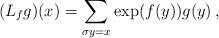
LaTeX: \begin{align*}(L_f g)(x) = \sum_{\sigma y = x} \exp(f(y))g(y) \,,\end{align*}